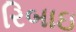
રિબાઇ